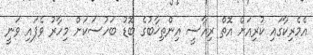
އެމެރިކާގައި ކުރިއަށް އޮތް ރިއާސީ އިންތިޚާބުގެ ބޮޑު ބަހުސަކަށް މިހާރު ވެފައި ވަނީ